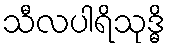
သီလပါရိသုဒ္ဓိ